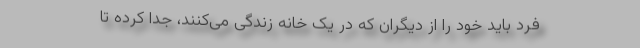
فرد باید خود را از دیگران که در یک خانه زندگی می‌کنند، جدا کرده تا